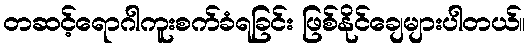
တဆင့်ရောဂါကူးစက်ခံရခြင်း ဖြစ်နိုင်ချေများပါတယ်။